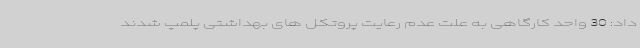
داد: 30 واحد کارگاهی به علت عدم رعایت پروتکل های بهداشتی پلمپ شدند